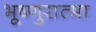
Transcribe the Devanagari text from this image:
भूष्णुरात्मा